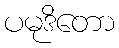
ပမုဒိတော